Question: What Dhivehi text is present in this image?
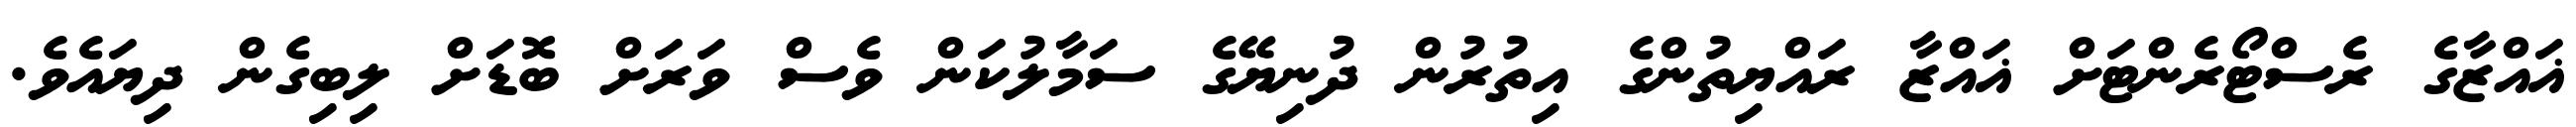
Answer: ޣައްޒާގެ ރެސްޓޯރެންޓަށް ޣައްޒާ ރައްޔިތުންގެ އިތުރުން ދުނިޔޭގެ ސަމާލުކަން ވެސް ވަރަށް ބޮޑަށް ލިބިގެން ދިޔައެވެ.